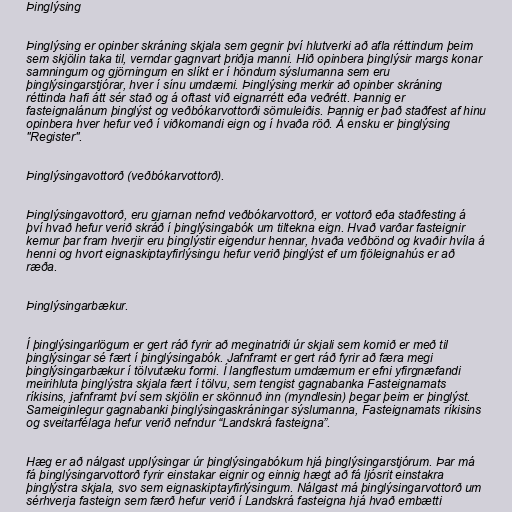
Þinglýsing

Þinglýsing er opinber skráning skjala sem gegnir því hlutverki að afla réttindum þeim
sem skjölin taka til, verndar gagnvart þriðja manni. Hið opinbera þinglýsir margs konar
samningum og gjörningum en slíkt er í höndum sýslumanna sem eru
þinglýsingarstjórar, hver í sínu umdæmi. Þinglýsing merkir að opinber skráning
réttinda hafi átt sér stað og á oftast við eignarrétt eða veðrétt. Þannig er
fasteignalánum þinglýst og veðbókarvottorði sömuleiðis. Þannig er það staðfest af hinu
opinbera hver hefur veð í viðkomandi eign og í hvaða röð. Á ensku er þinglýsing
"Register".

Þinglýsingavottorð (veðbókarvottorð).

Þinglýsingavottorð, eru gjarnan nefnd veðbókarvottorð, er vottorð eða staðfesting á
því hvað hefur verið skráð í þinglýsingabók um tiltekna eign. Hvað varðar fasteignir
kemur þar fram hverjir eru þinglýstir eigendur hennar, hvaða veðbönd og kvaðir hvíla á
henni og hvort eignaskiptayfirlýsingu hefur verið þinglýst ef um fjöleignahús er að
ræða.

Þinglýsingarbækur.

Í þinglýsingarlögum er gert ráð fyrir að meginatriði úr skjali sem komið er með til
þinglýsingar sé fært í þinglýsingabók. Jafnframt er gert ráð fyrir að færa megi
þinglýsingarbækur í tölvutæku formi. Í langflestum umdæmum er efni yfirgnæfandi
meirihluta þinglýstra skjala fært í tölvu, sem tengist gagnabanka Fasteignamats
ríkisins, jafnframt því sem skjölin er skönnuð inn (myndlesin) þegar þeim er þinglýst.
Sameiginlegur gagnabanki þinglýsingaskráningar sýslumanna, Fasteignamats ríkisins
og sveitarfélaga hefur verið nefndur “Landskrá fasteigna”.

Hæg er að nálgast upplýsingar úr þinglýsingabókum hjá þinglýsingarstjórum. Þar má
fá þinglýsingarvottorð fyrir einstakar eignir og einnig hægt að fá ljósrit einstakra
þinglýstra skjala, svo sem eignaskiptayfirlýsingum. Nálgast má þinglýsingarvottorð um
sérhverja fasteign sem færð hefur verið í Landskrá fasteigna hjá hvað embætti